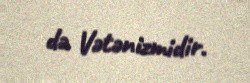
də Vətənizmidir.